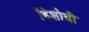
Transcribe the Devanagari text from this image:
हिशोबी